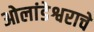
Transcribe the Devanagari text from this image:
ओलांडेश्वराचे